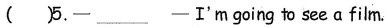
()5. -___ -I'm going to see a film.